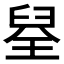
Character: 𮍪